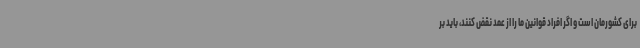
برای کشورمان است و اگر افراد قوانین ما را از عمد نقض کنند، باید بر